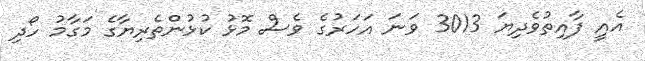
އެއީ ފާއިތުވެދިޔަ 3013 ވަނަ އަހަރުގެ ވެސް މޮޅު ކުޅުންތެރިޔާގެ މަގާމު ހޯދި